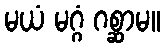
မယံ မဂ္ဂံ ဂစ္ဆာမ။